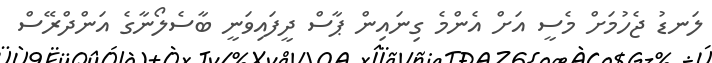
ލަނޑު ޖެހުމަށް މެސީ އަށް އެންމެ ގިނައިން ޕާސް ދީފައިވަނީ ބާސެލޯނާގެ އަންދްރޭސް